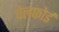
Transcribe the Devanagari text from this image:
चेलफोर्ड